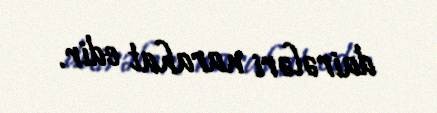
dairələri narahat edir.